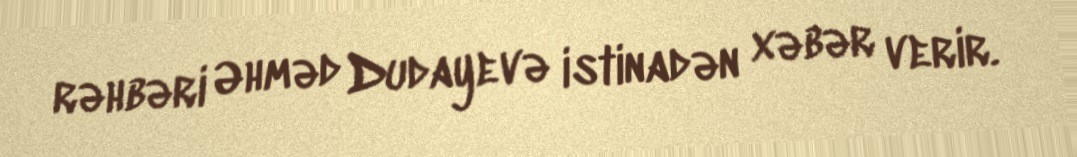
rəhbəri Əhməd Dudayevə istinadən xəbər verir.